Subject: math
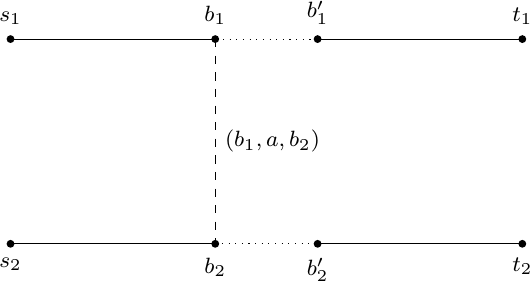
LaTeX code:
    \begin{tikzpicture}[scale=1.3,
    every node/.style={font=\footnotesize},
    arrow/.style={    decoration={markings,mark=at position 0.5 with {\arrow{#1}}},    postaction={decorate}  }]

\draw (0,2)  -- (2,2);
\draw[dotted] (0,2) -- (3,2);
\draw  (3,2)  -- (5,2);
\foreach \x/\label in {0/$s_1$, 2/$b_1$, 3/$b_1'$, 5/$t_1$} {
  \draw (\x,2) node[circle,fill,inner sep=1pt,label=above:\label] {};
}

\draw  (0,0)  -- (2,0);
\draw[dotted] (2,0) -- (3,0);
\draw  (3,0)  -- (5,0);
\foreach \x/\label in {0/$s_2$, 2/$b_2$, 3/$b_2'$, 5/$t_2$} {
  \draw (\x,0) node[circle,fill,inner sep=1pt,label=below:\label] {};
}

\draw[dashed] (2,2) -- (2,0) node[midway,right] {$(b_1,a,b_2)$};

\end{tikzpicture}